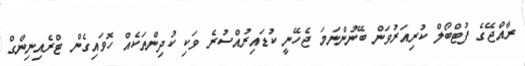
ރާއްޖޭގެ ފުޓްބޯލް ކުރިއަރުވަން ބޭނުންނަމަ ޖެހޭނީ ކުޑައިރުއްސުރެ ވަކި ކުދިންތަކެއް ހޮވައިގެން ޓްރެއިނިންގް